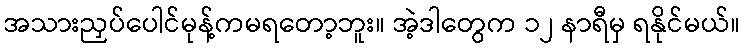
အသားညှပ်ပေါင်မုန့်ကမရတော့ဘူး။ အဲ့ဒါတွေက ၁၂ နာရီမှ ရနိုင်မယ်။